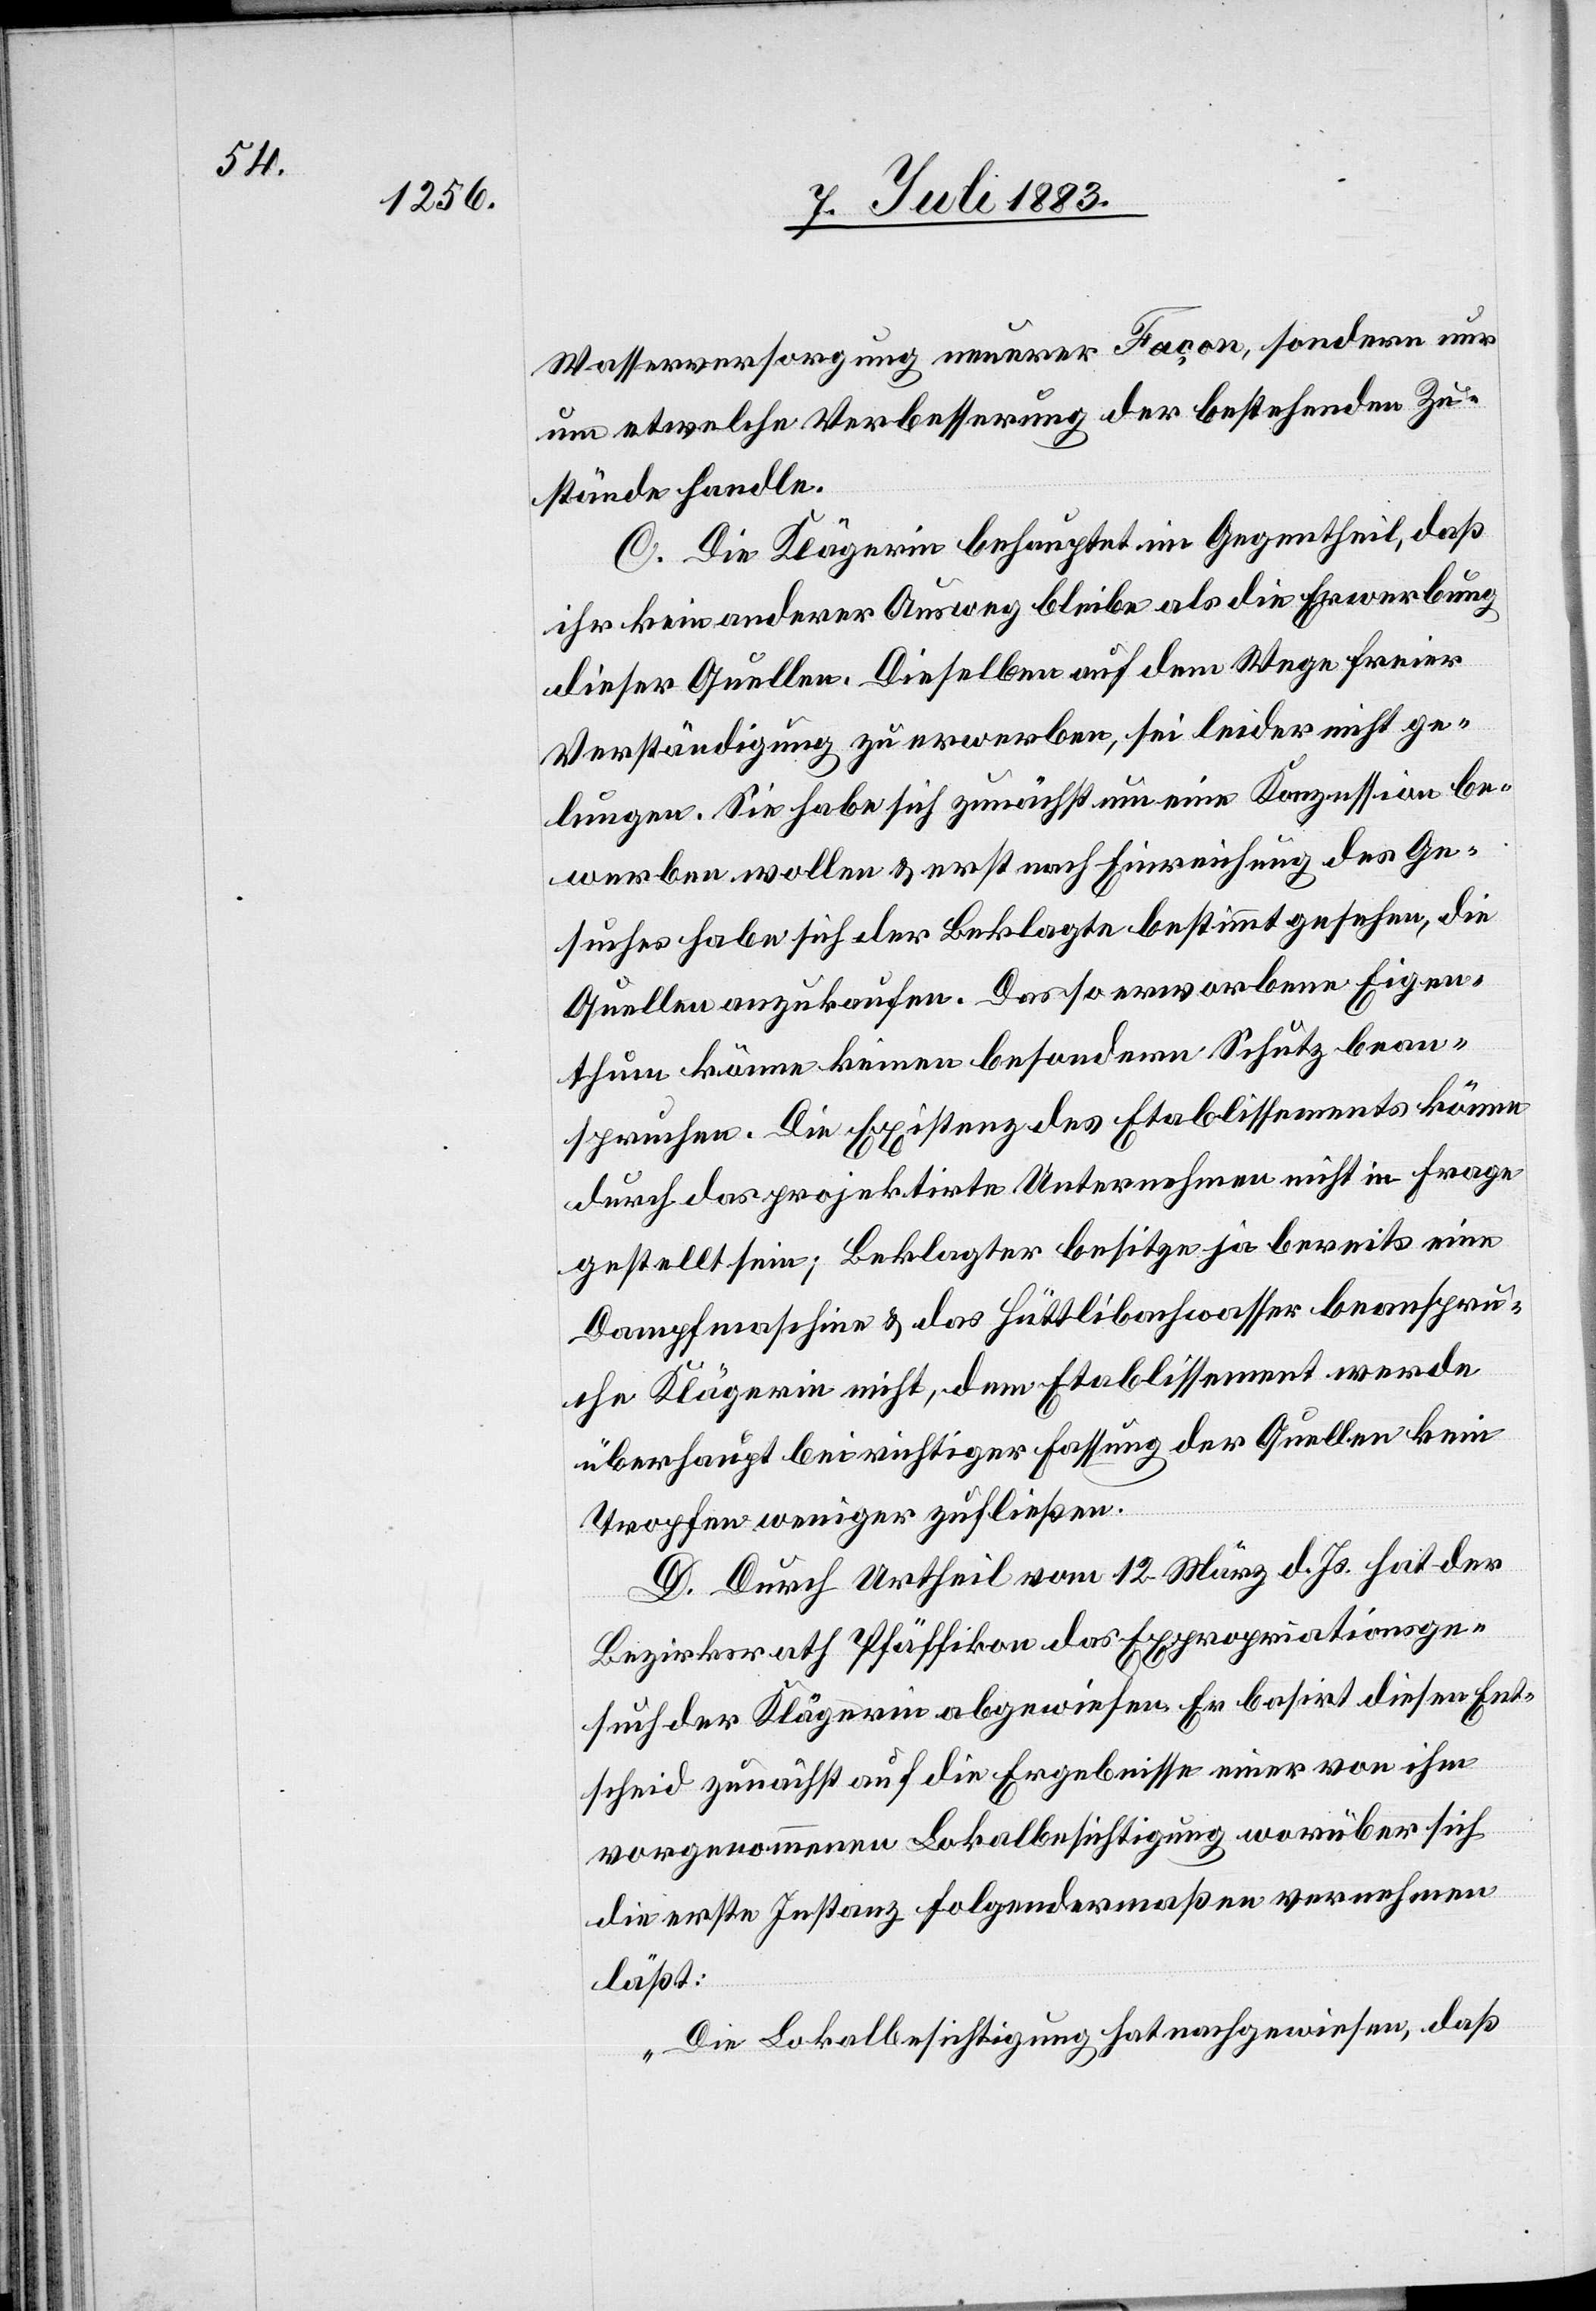
Wasserversorgung neuerer Façon, sondern nur
um etwelche Verbesserung der bestehenden Zu¬
stände handle.
C. Die Klägerin behauptet im Gegentheil, daß
ihre kein anderer Ausweg bleibe als die Erwerbung
dieser Quellen. Dieselben auf dem Wege freier
Verständigung zu erwerben, sei leider nicht ge¬
lungen. Sie habe sich zunächst um eine Konzession be¬
werben wollen & erst nach Einreichung des Ge¬
suches habe sich der Beklagte bestimmt gesehen, die
Quellen anzukaufen. Das so erworbene Eigen¬
thum könne keinen besondern Schutz bean¬
spruchen. Die Existenz des Etablissements könne
durch das projektirte Unternehmen nicht in Frage
gestellt sein; Beklagte besitze ja bereits eine
Dampfmaschine & das Hüllibachwasser beanspru¬
che Klägerin nicht, dem Etablissement werde
überhaupt bei richtiger Fassung der Quellen kein
Tropfen weniger zufließen.
D. Durch Urtheil vom 12. März d. Js. hat der
Bezirksrath Pfäffikon das Expropriationsge¬
such der Klägerin abgewiesen. Er basirt diesen Ent¬
scheid zunächst auf die Ergebnisse einer von ihm
vorgenommenen Lokalbesichtigung worüber sich
die erste Instanz folgendermaßen vernehmen
läßt:
„Die Lokalbesichtigung hat nachgewiesen, daß